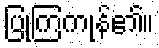
ပြုကြကုန်၏။